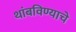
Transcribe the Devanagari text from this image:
थांबविण्याचे